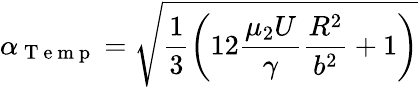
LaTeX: \alpha_{\mathrm{~T~e~m~p~}}=\sqrt{\frac{1}{3}\left(12\frac{\mu_{2}U}{\gamma}\frac{R^{2}}{b^{2}}+1\right)}